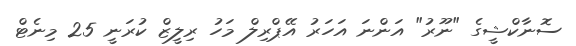
ސޮނާކްޝީގެ "ނޫރު" އަންނަ އަހަރު އޭޕްރިލް މަހު ރިލީޒް ކުރަނީ 25 މިނެޓް